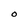
Character: O